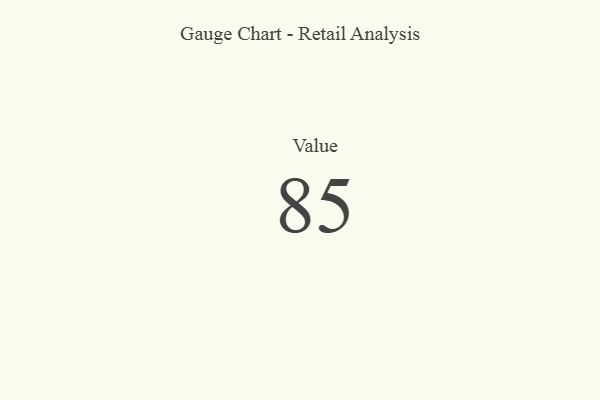
{"axis": {"x": "Metric", "y": "Value"}, "legend": [""], "data": [{"x": "Value", "y": 85, "type": ""}]}